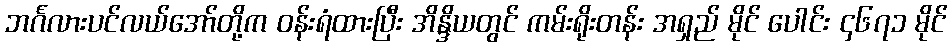
ဘင်္ဂလားပင်လယ်အော်တို့က ဝန်းရံထားပြီး အိန္ဒိယတွင် ကမ်းရိုးတန်း အရှည် မိုင် ပေါင်း ၄၆၇၁ မိုင်